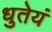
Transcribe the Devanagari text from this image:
धुतेयं